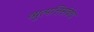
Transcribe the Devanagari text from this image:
व्युत्पत्तिसंबंध